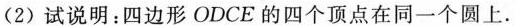
(2)试说明：四边形ODCE的四个顶点在同一个圆上。